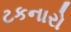
ટકનારો